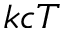
k c T